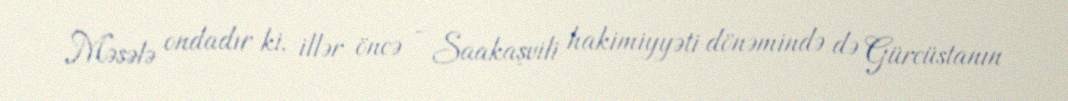
Məsələ ondadır ki, illər öncə - Saakaşvili hakimiyyəti dönəmində də Gürcüstanın